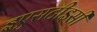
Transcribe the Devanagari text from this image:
इएसटीइसी